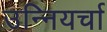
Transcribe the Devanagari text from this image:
उन्नियर्चा